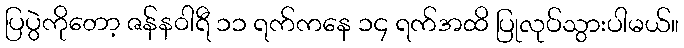
ပြပွဲကိုတော့ ဇန်နဝါရီ ၁၁ ရက်ကနေ ၁၄ ရက်အထိ ပြုလုပ်သွားပါမယ်။